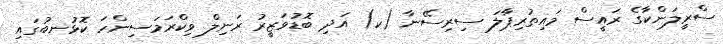
ސްރީލަންކާގެ ރައީސް މައިތުރިޕާލަ ސިރިސޭނާ (ކ) އަދި ބޮޑުވަޒީރު ރަނިލް ވިކްރަމަސިންހަ ކޮޅުނބުގައި